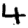
Digit: 4